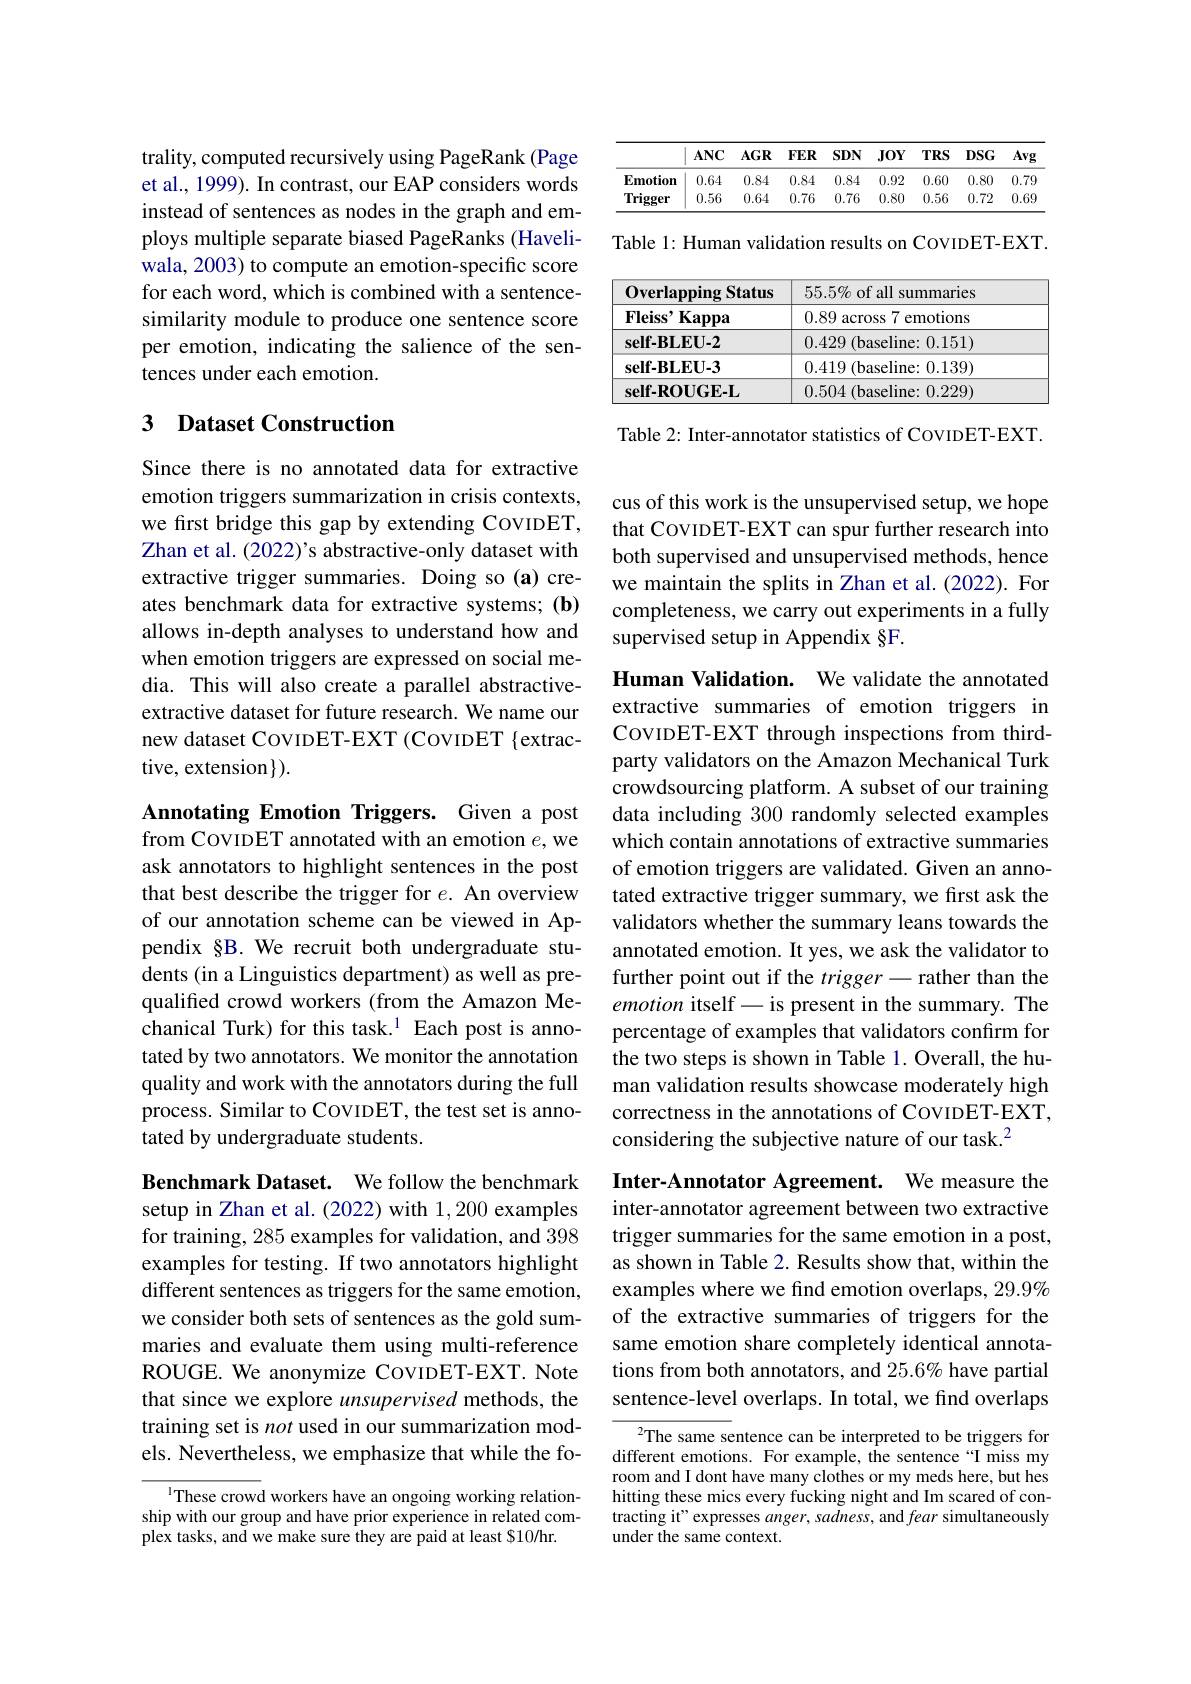
<table>
	<tbody>
		<tr>
			<th> </th>
			<th>$ANC$</th>
			<th>$AGR$</th>
			<th>$FER$</th>
			<th>$SDN$</th>
			<th>$J0Y$</th>
			<th>$TRS$</th>
			<th>$DSG$</th>
			<th>Avg</th>
		</tr>
		<tr>
			<td>Emotion</td>
			<td>0.64</td>
			<td>0.84</td>
			<td>0.84</td>
			<td>0.84</td>
			<td>0.92</td>
			<td>0.60</td>
			<td>0.80</td>
			<td>0.79</td>
		</tr>
		<tr>
			<td>$\mathbf{Trigger}$</td>
			<td>0.56</td>
			<td>0.64</td>
			<td>0.76</td>
			<td>0.76</td>
			<td>0.80</td>
			<td>0.56</td>
			<td>0.72</td>
			<td>0.69</td>
		</tr>
	</tbody>
</table>

Table 1: Human validation results on CovIDET-EXT.

<table>
	<tbody>
		<tr>
			<th>Overlapping Status</th>
			<th>$55.5\%$ of all summaries</th>
		</tr>
		<tr>
			<td>$\mathbf{Fleiss}^{\prime}\mathbf{Kappa}$</td>
			<td>0.89 across 7 emotions</td>
		</tr>
		<tr>
			<td>self-BLEU-2</td>
			<td>$0.429\left(\text{baseline: }0.151\right)$</td>
		</tr>
		<tr>
			<td>self-BLEU-3</td>
			<td>0.419 (baseline: 0.139)</td>
		</tr>
		<tr>
			<td>self-ROUGE-L</td>
			<td>0.504(baseline: 0.229)</td>
		</tr>
	</tbody>
</table>

Table 2: Inter-annotator statistics of CovIDET-EXT.

trality, computed recursively using PageRank (Page et al., 1999). In contrast, our EAP considers words instead of sentences as nodes in the graph and employs multiple separate biased PageRanks (Haveliwala, 2003) to compute an emotion-specific score for each word, which is combined with a sentencesimilarity module to produce one sentence score per emotion, indicating the salience of the sentences under each emotion.

## 3 Dataset Construction

Since there is no annotated data for extractive emotion triggers summarization in crisis contexts, we first bridge this gap by extending COVIDET, Zhan et al. (2022)'s abstractive-only dataset with extractive trigger summaries. Doing so (a) creates benchmark data for extractive systems; (b) allows in-depth analyses to understand how and when emotion triggers are expressed on social media. This will also create a parallel abstractiveextractive dataset for future research. We name our new dataset CovıDET-EXT (COVIDET {extractive, extension$\}).$

Annotating Emotion Triggers. Given a post from COVIDET annotated with an emotion $e$,we ask annotators to highlight sentences in the post that best describe the trigger for $e.$ An overview of our annotation scheme can be viewed in Appendix §B. We recruit both undergraduate students (in a Linguistics department) as well as prequalified crowd workers (from the Amazon Mechanical Turk) for this task.$^{1}$ Each post is annotated by two annotators. We monitor the annotation quality and work with the annotators during the full process. Similar to CovIDET, the test set is annotated by undergraduate students.

Benchmark Dataset. We follow the benchmark setup in Zhan et al. (2022) with 1,200 examples for training, 285 examples for validation, and 398 examples for testing. If two annotators highlight different sentences as triggers for the same emotion, we consider both sets of sentences as the gold summaries and evaluate them using multi-reference ROUGE. We anonymize COVIDET-EXT. Note that since we explore unsupervised methods, the training set is not used in our summarization models. Nevertheless, we emphasize that while the fo-

$^{1}$These crowd workers have an ongoing working relationship with our group and have prior experience in related complex tasks, and we make sure they are paid at least $10/hr.

cus of this work is the unsupervised setup, we hope that CovIDET-EXT can spur further research into both supervised and unsupervised methods, hence we maintain the splits in Zhan et al.(2022). For completeness, we carry out experiments in a fully supervised setup in Appendix §F

Human Validation. We validate the annotated extractive summaries of emotion triggers in COVIDET-EXT through inspections from thirdparty validators on the Amazon Mechanical Turk crowdsourcing platform. A subset of our training data including 300 randomly selected examples which contain annotations of extractive summaries of emotion triggers are validated. Given an annotated extractive trigger summary, we first ask the validators whether the summary leans towards the annotated emotion. It yes, we ask the validator to further point out if the $trigger-$rather than the emotion itself-is present in the summary. The percentage of examples that validators confirm for the two steps is shown in Table 1. Overall, the human validation results showcase moderately high correctness in the annotations of CovIDET-EXT, considering the subjective nature of our task.$^{2}$

Inter-Annotator Agreement. We measure the inter-annotator agreement between two extractive trigger summaries for the same emotion in a post, as shown in Table 2. Results show that, within the examples where we find emotion overlaps, 29.9% of the extractive summaries of triggers for the same emotion share completely identical annotations from both annotators, and 25.6% have partial sentence-level overlaps. In total, we find overlaps

The same sentence can be interpreted to be triggers for different emotions. For example, the sentence“I miss my room and I dont have many clothes or my meds here, but hes hitting these mics every fucking night and Im scared of contracting it" expresses anger, sadness, and fear simultaneously under the same context.